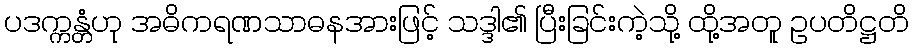
ပဒက္ကန္တံဟု အဓိကရဏသာဓနအားဖြင့် သဒ္ဒါ၏ ပြီးခြင်းကဲ့သို့ ထို့အတူ ဥပတိဋ္ဌတိ